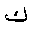
Letter: _kaf